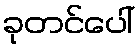
ခုတင်ပေါ်